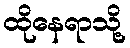
ထိုနေရာသို့